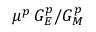
\mu ^ { p } \, G _ { E } ^ { p } / G _ { M } ^ { p }